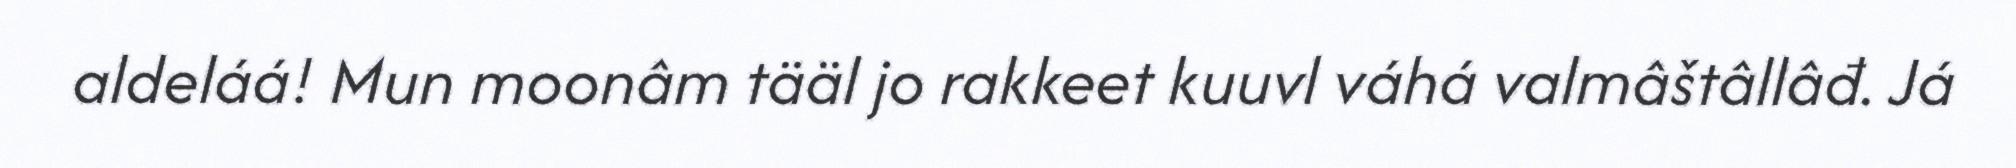
aldeláá! Mun moonâm tääl jo rakkeet kuuvl váhá valmâštâllâđ. Já